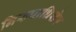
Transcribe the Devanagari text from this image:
निरुपाधिशेष